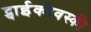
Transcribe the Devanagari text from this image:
ट्चाईकोवस्की